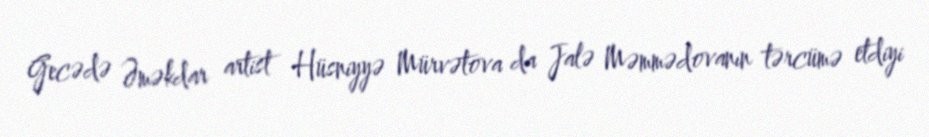
Gecədə Əməkdar artist Hüsniyyə Mürvətova da Jalə Məmmədovanın tərcümə etdiyi